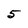
Character: 5